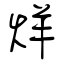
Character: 烊